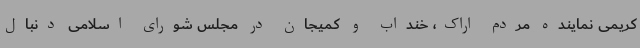
کریمی نماینده مردم اراک، خنداب و کمیجان در مجلس شورای اسلامی دنبال